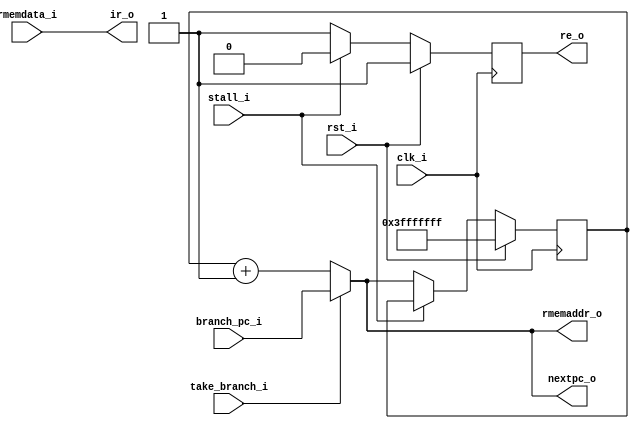
module  stage1_fetch(
    /* cpu global */
    input clk_i,
    input rst_i,

    /* inter-stage */
    input stall_i,
    input take_branch_i,
    input [29:0] branch_pc_i,
    output [31:0] ir_o,
    output [29:0] nextpc_o,

    /* memory interface */
    output reg re_o,
    output [29:0] rmemaddr_o,
    input [31:0] rmemdata_i
);

reg [29:0] pc;

initial begin
    pc = 0;
end

assign nextpc_o = take_branch_i ? branch_pc_i : pc + 30'b1;
assign rmemaddr_o = nextpc_o;
assign ir_o = rmemdata_i;

always @(posedge clk_i)
begin
    re_o = 0;
    if (rst_i) begin
        pc <= 30'b111111111111111111111111111111;
        re_o = 1;
    end else if (!stall_i) begin
        pc <= nextpc_o;
        re_o = 1;
    end
end


endmodule